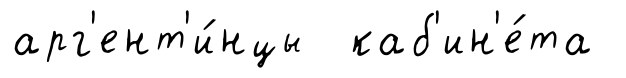
арг'ент'и́нцы каб'ин'е́та